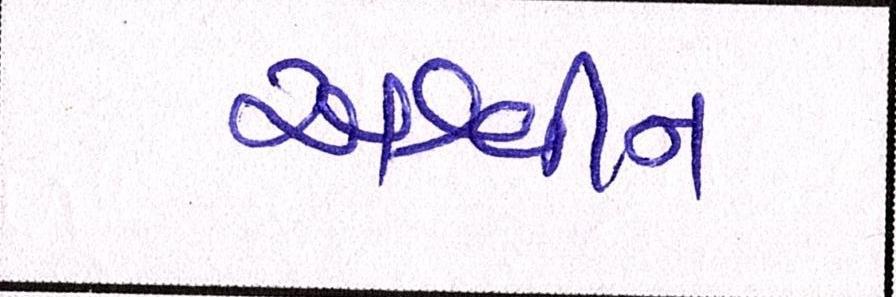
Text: અશ્વીન